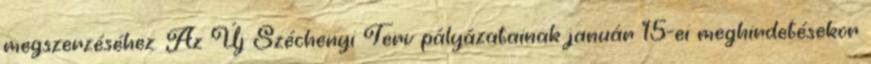
megszerzéséhez. Az Új Széchenyi Terv pályázatainak január 15-ei meghirdetésekor